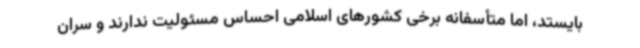
بایستد، اما متأسفانه برخی کشورهای اسلامی احساس مسئولیت ندارند و سران